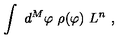
\int \ d ^ { M } \varphi \ \rho ( \varphi ) \ L ^ { n } \ ,